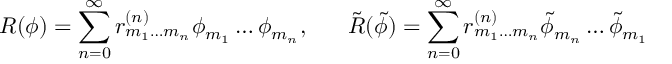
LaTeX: R ( \phi ) = \sum _ { n = 0 } ^ { \infty } r _ { m _ { 1 } \ldots m _ { n } } ^ { ( n ) } \phi _ { m _ { 1 } } \ldots \phi _ { m _ { n } } , \; \; \; \; \; \; \tilde { R } ( \tilde { \phi } ) = \sum _ { n = 0 } ^ { \infty } r _ { m _ { 1 } \ldots m _ { n } } ^ { ( n ) } \tilde { \phi } _ { m _ { n } } \ldots \tilde { \phi } _ { m _ { 1 } }